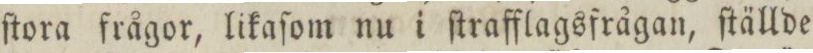
ſtora frågor, likaſom nu i ſtrafflagsfrågan, ſtällde